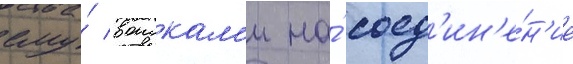
ему́ воискам'и на́ соед'ин'е́н'ие